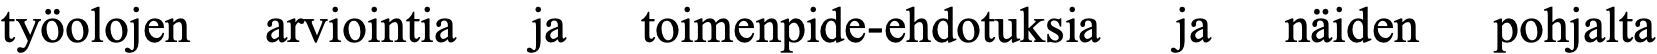
työolojen arviointia ja toimenpide-ehdotuksia ja näiden pohjalta